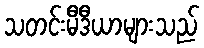
သတင်းမီဒီယာများသည်